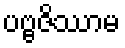
ပဗ္ဗဇိဿာမ